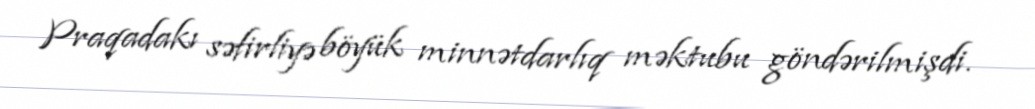
Praqadakı səfirliyə böyük minnətdarlıq məktubu göndərilmişdi.